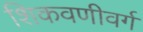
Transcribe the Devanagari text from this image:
शिकवणीवर्ग